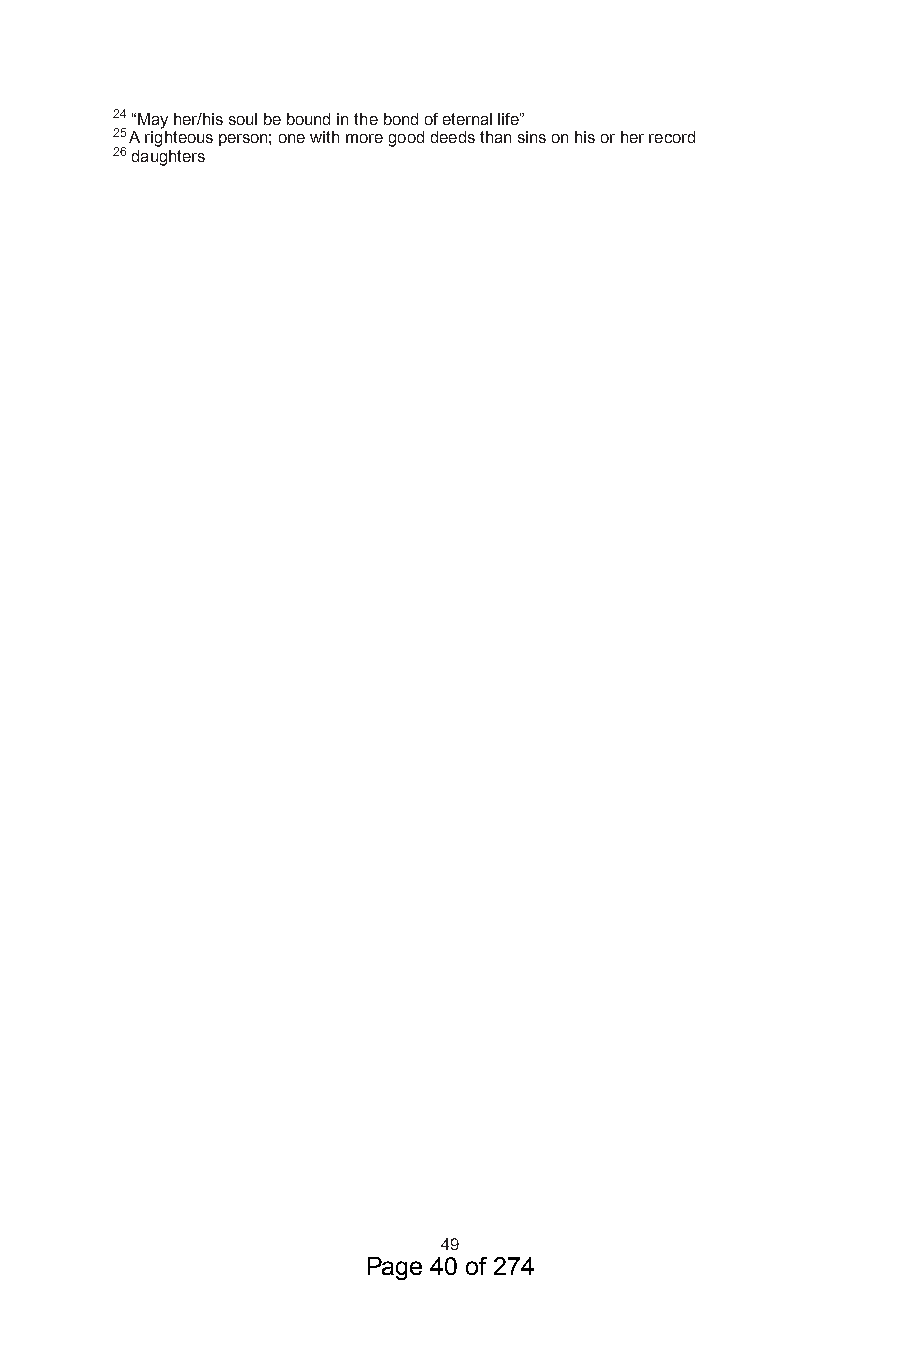
4 “May her/his soul be bound in the bond of eternal life”
 5 A righteous person; one with more good deeds than sins on his or her record
 6 daughters
 49
 Page 40 of 274